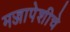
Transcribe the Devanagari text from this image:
मज्जापेशीचे